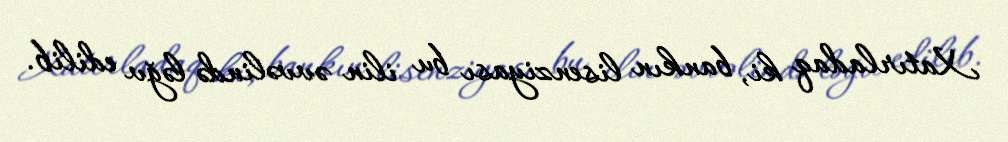
Xatırladaq ki, bankın lisenziyası bu ilin əvvəlində ləğv edilib.